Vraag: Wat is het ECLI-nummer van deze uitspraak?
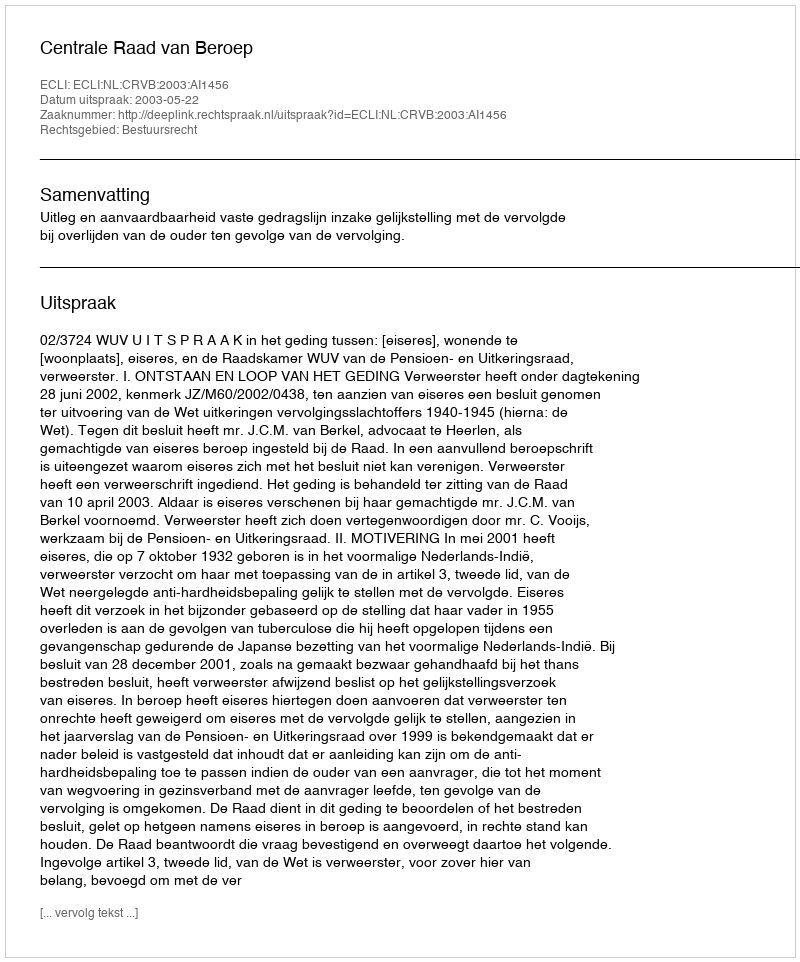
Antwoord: ECLI:NL:CRVB:2003:AI1456